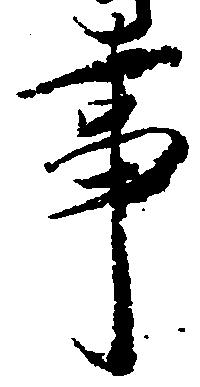
事